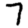
Digit: 7